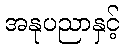
အနုပညာနှင့်